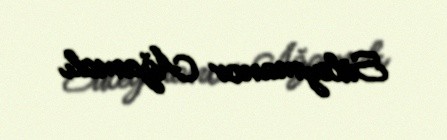
Süleymanov Ağamalı